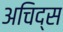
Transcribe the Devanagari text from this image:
अचिद्स